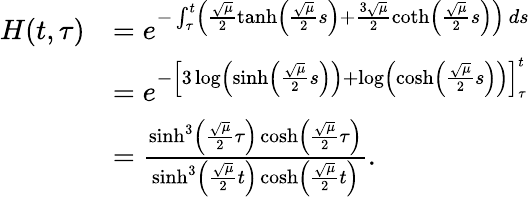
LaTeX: \begin{array}{rl}{H(t,\tau)}&{=e^{-\int_{\tau}^{t}\left(\frac{\sqrt{\mu}}{2}\operatorname{tanh}\left(\frac{\sqrt{\mu}}{2}s\right)+\frac{3\sqrt{\mu}}{2}\coth\left(\frac{\sqrt{\mu}}{2}s\right)\right)\, ds}}\\ &{=e^{-\left[3\log\left(\sinh\left(\frac{\sqrt{\mu}}{2}s\right)\right)+\log\left(\cosh\left(\frac{\sqrt{\mu}}{2}s\right)\right)\right]_{\tau}^{t}}}\\ &{=\frac{\sinh^{3}\left(\frac{\sqrt{\mu}}{2}\tau\right)\cosh\left(\frac{\sqrt{\mu}}{2}\tau\right)}{\sinh^{3}\left(\frac{\sqrt{\mu}}{2}t\right)\cosh\left(\frac{\sqrt{\mu}}{2}t\right)}.}\end{array}